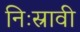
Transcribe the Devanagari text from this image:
निःस्रावी